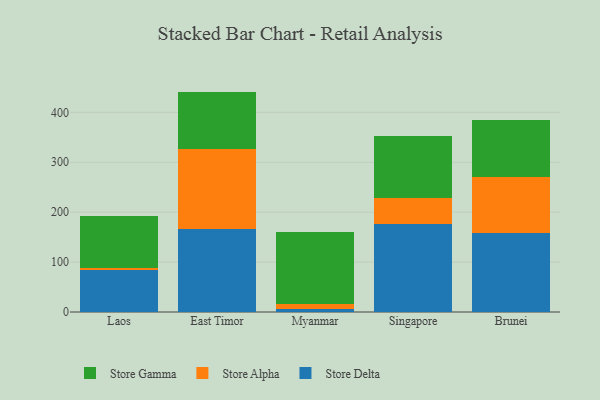
{"axis": {"x": "Country", "y": "Energy Usage (MWh)"}, "legend": ["Store Alpha", "Store Delta", "Store Gamma"], "data": [{"x": "Laos", "y": 83.2, "type": "Store Delta"}, {"x": "Laos", "y": 5.6, "type": "Store Alpha"}, {"x": "Laos", "y": 104.5, "type": "Store Gamma"}, {"x": "East Timor", "y": 165.8, "type": "Store Delta"}, {"x": "East Timor", "y": 161.7, "type": "Store Alpha"}, {"x": "East Timor", "y": 114.1, "type": "Store Gamma"}, {"x": "Myanmar", "y": 5.6, "type": "Store Delta"}, {"x": "Myanmar", "y": 10.2, "type": "Store Alpha"}, {"x": "Myanmar", "y": 143.6, "type": "Store Gamma"}, {"x": "Singapore", "y": 175.7, "type": "Store Delta"}, {"x": "Singapore", "y": 52.4, "type": "Store Alpha"}, {"x": "Singapore", "y": 124.7, "type": "Store Gamma"}, {"x": "Brunei", "y": 157.8, "type": "Store Delta"}, {"x": "Brunei", "y": 112.8, "type": "Store Alpha"}, {"x": "Brunei", "y": 113.4, "type": "Store Gamma"}]}